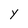
Character: Y